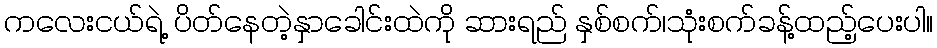
ကလေးငယ်ရဲ့ ပိတ်နေတဲ့နှာခေါင်းထဲကို ဆားရည် နှစ်စက်၊သုံးစက်ခန့်ထည့်ပေးပါ။